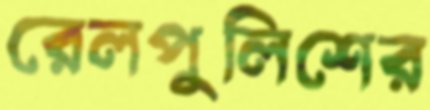
রেলপুলিশের